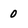
Character: 0